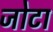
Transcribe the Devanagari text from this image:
जोटा